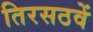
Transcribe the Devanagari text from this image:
तिरसठवें